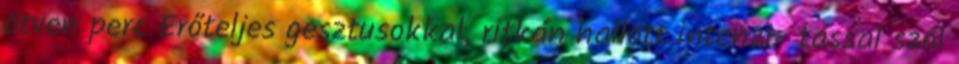
ötven perc Erőteljes gesztusokkal, ritkán hallott intenzi- tással szól